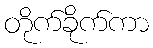
တိုက်ခိုက်ကာ